Scientific memoirs by medical officers of the Army of India - Part VI,
Year: 1891
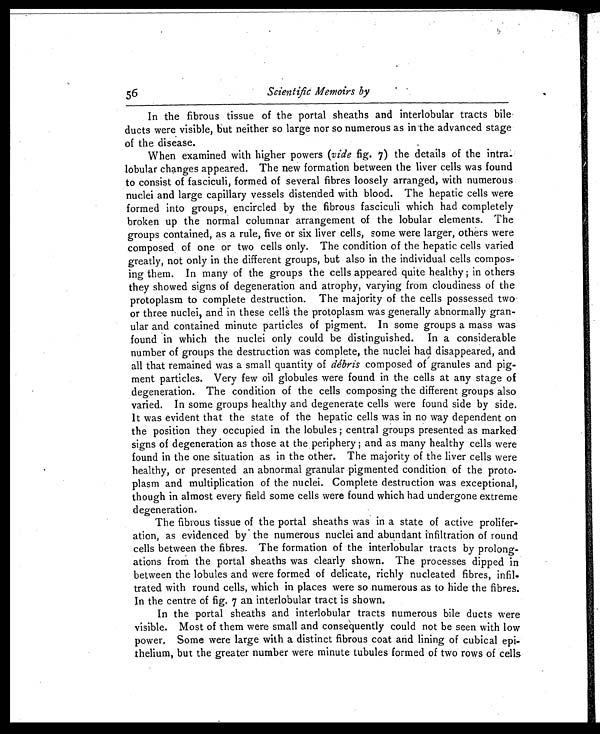
Scientific Memoirs by
In the fibrous tissue of the portal sheaths and interlobular tracts bile
ducts were visible, but neither so large nor so numerous as in the advanced stage
of the disease.
When examined with higher powers (vide fig. 7) the details of the intra-
lobular changes appeared. The new formation between the liver cells was found
to consist of fasciculi, formed of several fibres loosely arranged, with numerous
nuclei and large capillary vessels distended with blood. The hepatic cells were
formed into groups, encircled by the fibrous fasciculi which had completely
broken up the normal columnar arrangement of the lobular elements. The
groups contained, as a rule, five or six liver cells, some were larger, others were
composed , of one or two cells only. The condition of the hepatic cells varied
greatly, not only in the different groups, but also in the individual cells compos--
ing them. In many of the groups the cells appeared quite healthy; in others
they showed signs of degeneration and atrophy, varying from cloudiness of the
protoplasm to complete destruction. The majority of the cells possessed two
or three nuclei, and in these cell the protoplasm was generally abnormally gran-
- u l a r a n d c o n t a i n e d m i n u t e p a r t i c l e s o f p i g m e n t . I n s o m e g r o u p s a m a s s w a s
found in which the nuclei only could be distinguished. In a considerable
number of groups the destruction was complete, the nuclei had disappeared, and
all that remained was a small quantity of debris composed of granules and pig
- m e n t p a r t i c l e s . V e r y f e w o i l g l o b u l e s w e r e f o u n d i n t h e c e l l s a t a n y s t a g e o f
degeneration. The condition of the cells composing the different groups also
varied. In some groups healthy and degenerate cells were found side by side.
It was evident that the state of the hepatic cells was in no way dependent on
the position they occupied in the lobules; central groups presented as marked
signs of degeneration as those at the periphery; and as many healthy cells were
found in the one situation as in the other. The majority of the liver cells were
healthy, or presented an abnormal granular pigmented condition of the proto-
plasm and multiplication of the nuclei. Complete destruction was exceptional,
though in almost every field some cells were found which had undergone extreme
degeneration.
The fibrous tissue of the portal sheaths was in a state of active prolifer
- a t i o n , a s e v i d e n c e d b y t h e n u m e r o u s n u c l e i a n d a b u n d a n t i n f i l t r a t i o n o f r o u n d
cells between the fibres. The formation of the interlobular tracts by prolong-
- a t i o n s f r o m t h e p o r t a l s h e a t h s w a s c l e a r l y s h o w n . T h e p r o c e s s e s d i p p e d i n
between the lobules and were formed of delicate, richly nucleated fibres, infil-
- t r a t e d w i t h r o u n d c e l l s , w h i c h i n p l a c e s w e r e s o n u m e r o u s a s t o h i d e t h e f i b r e s .
In the centre of fig. 7 an interlobular tract is shown.
In the portal sheaths and interlobular tracts numerous bile ducts were
visible. Most of them were small and consequently could not be seen with low
power, Some were large with a distinct fibrous coat and lining of cubical epi-
- t h e l i u m , b u t t h e g r e a t e r n u m b e r w e r e m i n u t e t u b u l e s f o r m e d o f t w o r o w s o f c e l l s
56